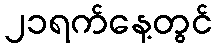
၂၁ရက်နေ့တွင်